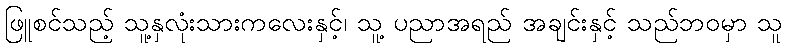
ဖြူစင်သည့် သူ့နှလုံးသားကလေးနှင့်၊ သူ့ ပညာအရည် အချင်းနှင့် သည်ဘဝမှာ သူ